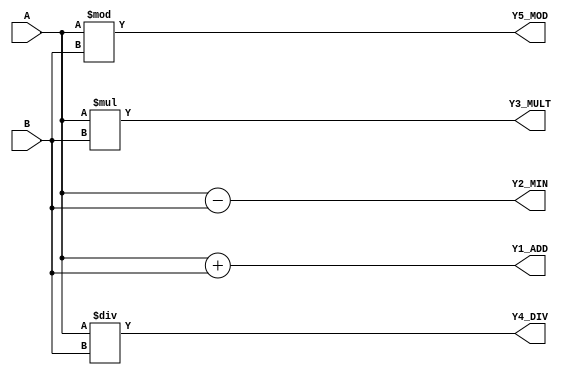
`timescale 1ns / 1ps
module arithmetic_operators (input [2:0]A,B, output reg [3:0]Y1_ADD, output reg[5:0]Y3_MULT, 
                                  output reg[2:0]Y2_MIN, Y4_DIV, Y5_MOD);
always@(A,B)
begin
Y1_ADD = A + B;
Y2_MIN = A - B;
Y3_MULT = A * B;
Y4_DIV = A / B;
Y5_MOD = A % B;
end
endmodule